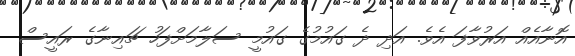
އޮނާއެއް އަރުވާފަ އެވެ. އަދި ދެ ގައުމުގެ ގައުމީ ސަލާމަށްފަހު ޗައިނާގެ ރައީސް